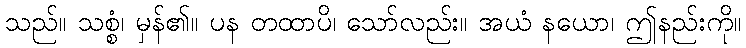
သည်။ သစ္စံ၊ မှန်၏။ ပန တထာပိ၊ သော်လည်း။ အယံ နယော၊ ဤနည်းကို။